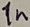
Text: 1n